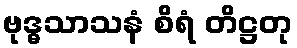
ဗုဒ္ဓသာသနံ စိရံ တိဋ္ဌတု